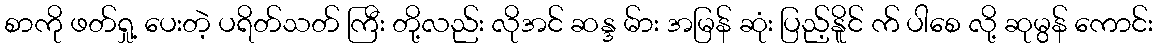
စာကို ဖတ်ရှု့ ပေးတဲ့ ပရိတ်သတ် ကြီး တို့လည်း လိုအင် ဆန္ဒ မ်ား အမြန် ဆုံး ပြည့်နိူင် က် ပါစေ လို့ ဆုမွန် ကောင်း